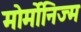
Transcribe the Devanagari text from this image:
मोर्मोनिज्म